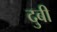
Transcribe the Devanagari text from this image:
दुबी